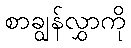
စာချွန်လွှာကို